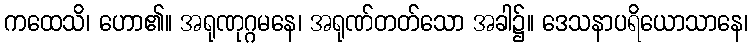
ကထေသိ၊ ဟော၏။ အရုဏုဂ္ဂမနေ၊ အရုဏ်တတ်သော အခါ၌။ ဒေသနာပရိယောသာနေ၊